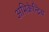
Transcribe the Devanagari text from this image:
अभिकेन्द्रिय